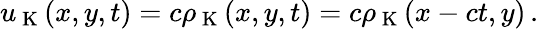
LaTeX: u_{\mathrm{~K~}}(x,y,t)=c\rho_{\mathrm{~K~}}(x,y,t)=c\rho_{\mathrm{~K~}}(x-ct,y)\, .